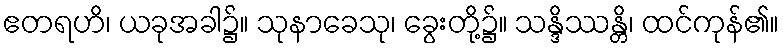
ဧတရဟိ၊ ယခုအခါ၌။ သုနာခေသု၊ ခွေးတို့၌။ သန္ဒိဿန္တိ၊ ထင်ကုန်၏။